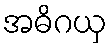
အဓိဂယှ